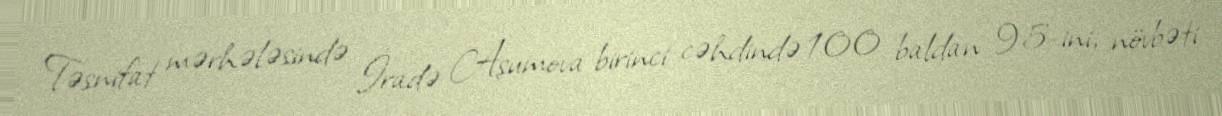
Təsnifat mərhələsində İradə Aşumova birinci cəhdində 100 baldan 95-ini, növbəti